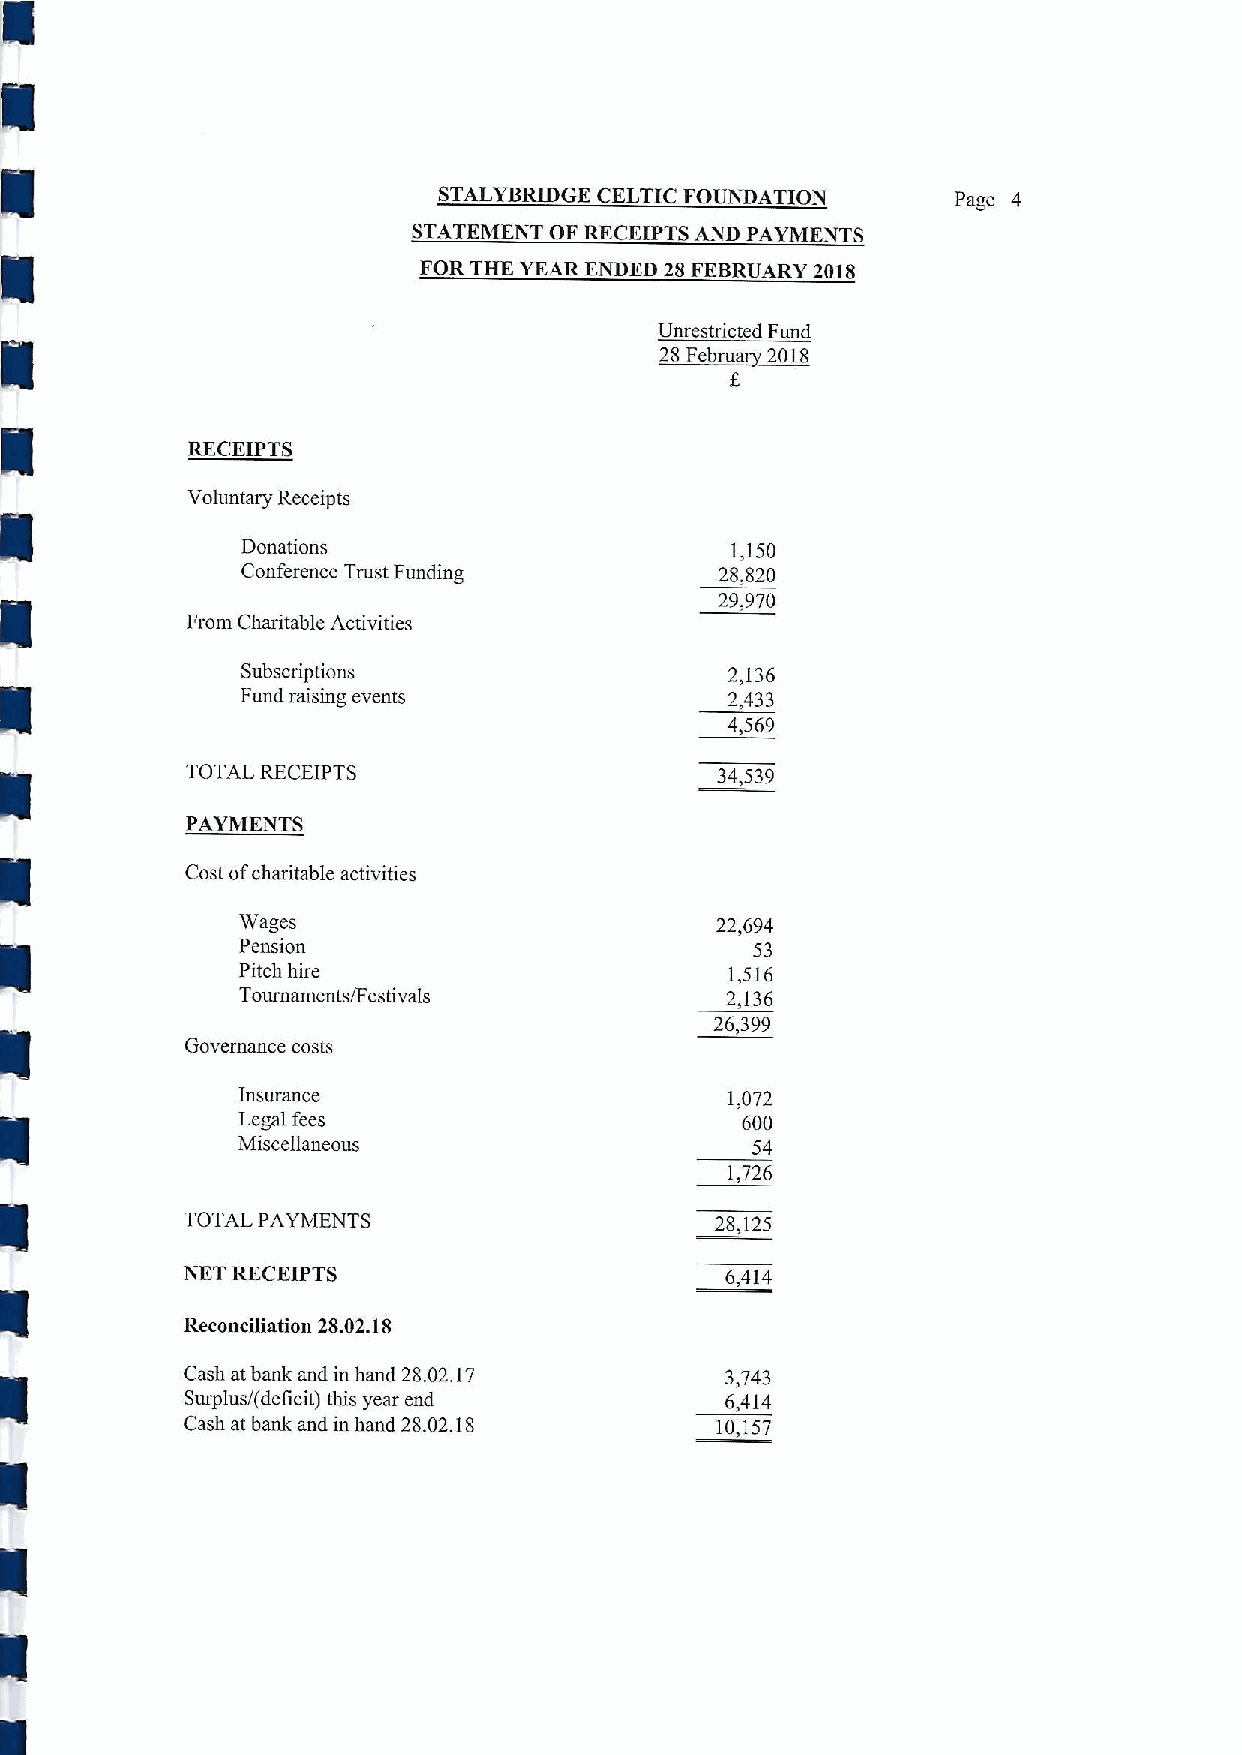
STALYBRIDGE CELTIC FOUNDATION     Page 4
 STATEMENT OF RECEIPTS AND PAYMENTS
 FOR THK YEAR ENDED 28 FEBRUARY 2018
 Unrestricted Fund
 2~88 8 2818
 RECEIPTS
 Voluntary Receipts
 Donations                       1,150
 Conference Trust Funding        28,820
 29,970
 From Charitable Activities
 Subscriptions                   2,136
 Fund raising events             2,433
 4,569
 TOTAL RECEIPTS                     34,539
 PAYMENTS
 Cost ofcharitable activities
 Wages                          22,694
 Pension                           53
 Pitch hire                      1,516
 Tournaments/Festivals           2,136
 26,399
 Governance costs
 Insurance                       1,072
 Legal fees                       600
 Miscellaneous                     54
 1,726
 TOTAL PAYMENTS                     28,125
 NET RECEIPTS                        6,414
 Reconciliation 28.02.18
 Cash atbank and in hand 28.02.17    3,743
 Swplus/(deficit) this year end      6,414
 Cash atbank and in hand 28.02.18   10,157